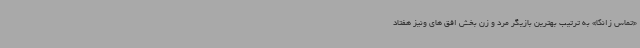
«تماس زانکا» به ترتیب بهترین بازیگر مرد و زن بخش افق های ونیز هفتاد